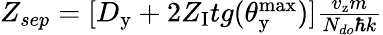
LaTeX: \begin{array}{r}{Z_{sep}=[D_{\mathrm{y}}+2Z_{\mathrm{I}}tg(\theta_{\mathrm{y}}^{\mathrm{max}})]\frac{v_{\mathrm{z}}m}{N_{do}\hbar k}}\end{array}